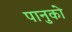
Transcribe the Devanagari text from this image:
पानुको